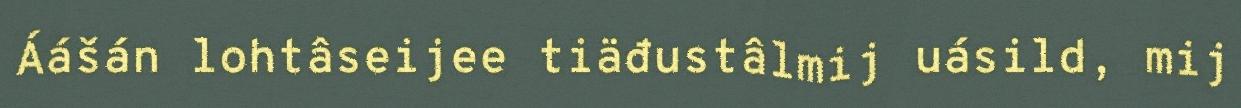
Áášán lohtâseijee tiäđustâlmij uásild, mij